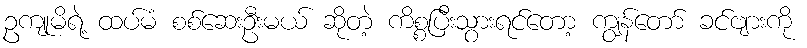
ဥကျုမိရဲ့ ထပ်မံ စစ်ဆေးဦးမယ် ဆိုတဲ့ ကိစ္စပြီးသွားရင်တော့ ကျွန်တော် ခင်ဗျားကို